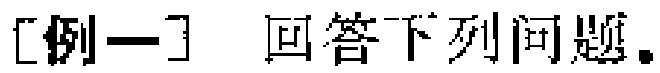
[例一] 回答下列问题。